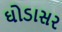
ઘોડાસર